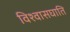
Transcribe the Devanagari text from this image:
विश्वासघाति